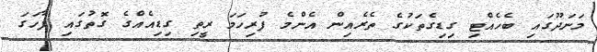
މަނަދޫގައި ބެހެއްޓި ގިޑިގެތަކުގެ ތެރެއިން އެންމެ ފުރިހަމަ ރީތި ގިޑިއެއްގެ ގޮތުގައި ފާހަގަ